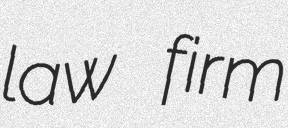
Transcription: law firm